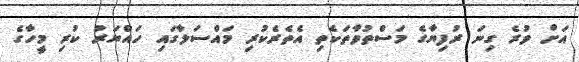
އަށް ވުރެ ގިނަ ރުފިޔާގެ މަސްތުވާތަކެތި އެތެރެކުރި މައްސަލާގައި ހައްޔަރު ކުރި މީހާގެ